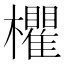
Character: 欋